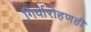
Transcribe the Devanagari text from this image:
गिर्यारोहणही